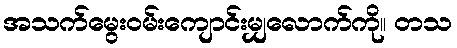
အသက်မွေးဝမ်းကျောင်းမျှလောက်ကို။ တသ